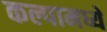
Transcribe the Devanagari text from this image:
कल्पामध्ये